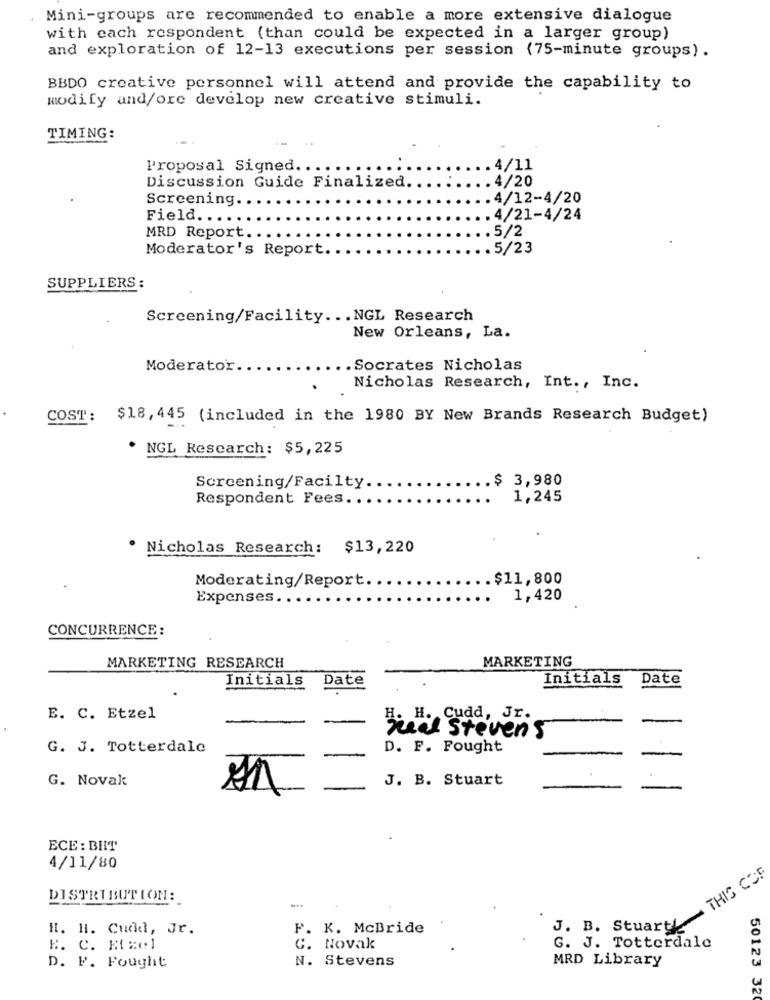
Mini-groups are recommended to enable a more extensive dialogue
with each respondent (than could be expected in a larger group)
and exploration of 12-13 executions per session (75-minute groups) .
BBDO creative personnel will attend and provide the capability to
modify and/ore develop new creative stimuli.
TIMING:
Proposal Signed ...
.4/11
Discussion Guide Finalized
4/20
Screening.
4/12-4/20
Field.
.4/21-4/24
.5/2
MRD Report ..
Moderator's Report.
.5/23
SUPPLIERS:
Screening/Facility ... NGL Research
New Orleans, La.
Moderator.
.. Socrates Nicholas
Nicholas Research, Int ., Inc.
COST: $18, 445 (included in the 1980 BY New Brands Research Budget)
* NGL Research: $5,225
.$ 3,980
Screening/Facilty.
Respondent Fees ..
1,245
Nicholas Research: $13,220
Moderating/Report ..
.$11,800
Expenses.
1,420
CONCURRENCE :
MARKETING
MARKETING RESEARCH
Initials
Date
Initials
Date
E. C. Etzel
H. H. Cudd, Jr.
-
-
Sua Stevens
G. J. Totterdale
D. F. Fought
.
G. Novak
J. B. Stuart
ECE : BIIT
4/11/80
THIS COF
DISTRIBUTION:
H. H. Cudd, Jr.
P. K. McBride
J. B. Stuart!
B. C. Mzel
C. Novak
G. J. Totterdale
N. Stevens
MRD Library
D. F. Fought
50123 320